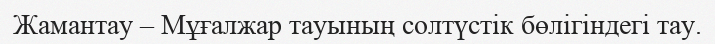
Жамантау – Мұғалжар тауының солтүстік бөлігіндегі тау.